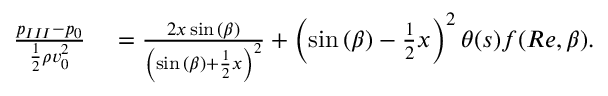
\begin{array} { r l } { \frac { { p _ { I I I } } - { p _ { 0 } } } { \frac { 1 } { 2 } \rho v _ { 0 } ^ { 2 } } } & { { } = { } \frac { 2 x \sin { ( \beta ) } } { \left( \sin { ( \beta ) } + \frac { 1 } { 2 } x \right) ^ { 2 } } + \left( \sin { ( \beta ) } - \frac { 1 } { 2 } x \right) ^ { 2 } \theta ( s ) f ( R e , \beta ) . } \end{array}